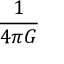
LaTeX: \frac { 1 } { 4 \pi G }